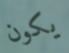
يكون